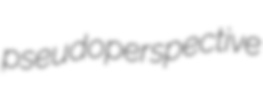
pseudoperspective